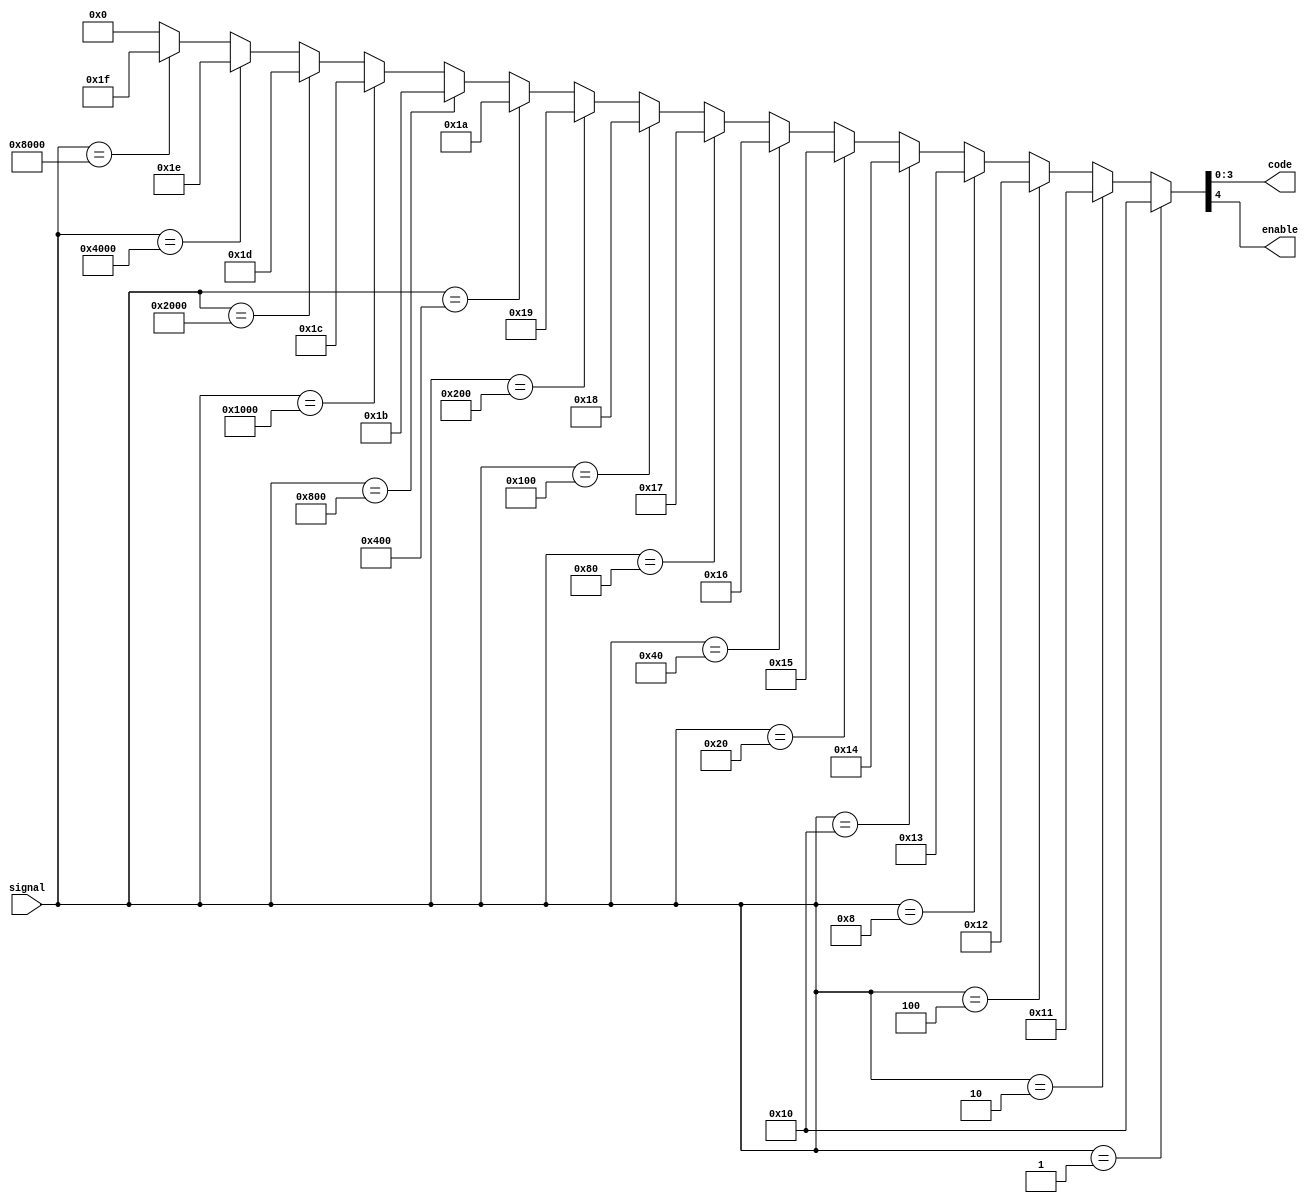
/*
 * Copyright (c) 2023 by Liyuxuan, all rights reserved.
 */

module Encoder16_4
(
    input [15:0] signal,
    output[3:0]  code,
    output       enable
);

assign {enable,code} = 
    (signal == 16'b0000_0000_0000_0001) ? 5'h10 :
    (signal == 16'b0000_0000_0000_0010) ? 5'h11 :
    (signal == 16'b0000_0000_0000_0100) ? 5'h12 :
    (signal == 16'b0000_0000_0000_1000) ? 5'h13 :
    (signal == 16'b0000_0000_0001_0000) ? 5'h14 :
    (signal == 16'b0000_0000_0010_0000) ? 5'h15 :
    (signal == 16'b0000_0000_0100_0000) ? 5'h16 :
    (signal == 16'b0000_0000_1000_0000) ? 5'h17 :
    (signal == 16'b0000_0001_0000_0000) ? 5'h18 :
    (signal == 16'b0000_0010_0000_0000) ? 5'h19 :
    (signal == 16'b0000_0100_0000_0000) ? 5'h1A :
    (signal == 16'b0000_1000_0000_0000) ? 5'h1B :
    (signal == 16'b0001_0000_0000_0000) ? 5'h1C :
    (signal == 16'b0010_0000_0000_0000) ? 5'h1D :
    (signal == 16'b0100_0000_0000_0000) ? 5'h1E :
    (signal == 16'b1000_0000_0000_0000) ? 5'h1F : 5'h00;
    
endmodule